Report of the Bombay Veterinary College
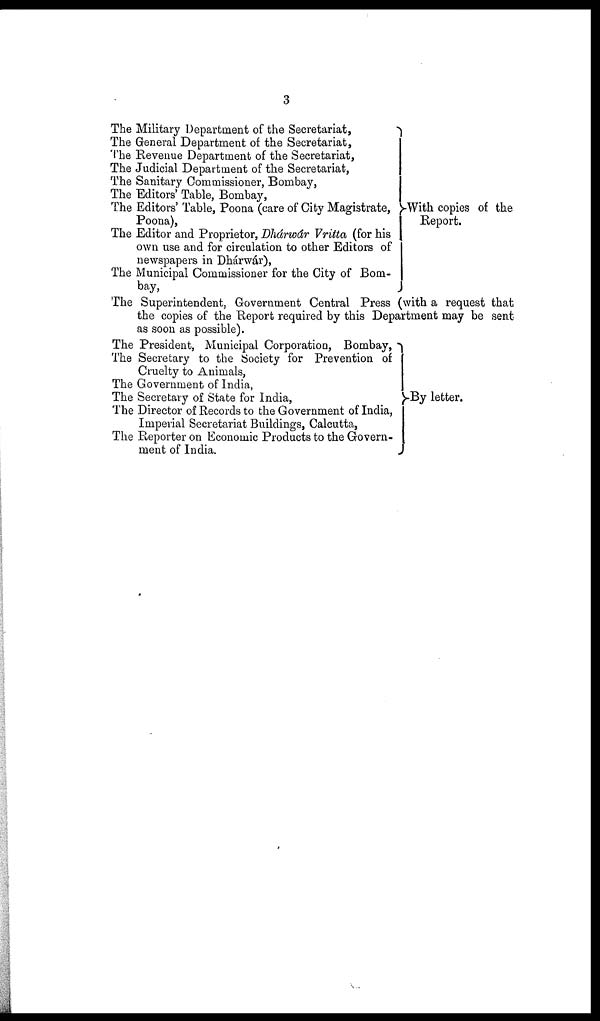
3
The Military Department of the Secretariat,
The General Department of the Secretariat,
The Revenue Department of the Secretariat,
The Judicial Department of the Secretariat,
The Sanitary Commissioner, Bombay,
The Editors' Table, Bombay,
The Editors' Table, Poona (care of City Magistrate,
}
Poona),
The Editor and Proprietor, Dhárwár Vritta (for his
own use and for circulation to other Editors of
newspapers in Dhárwár),
The Municipal Commissioner for the City of Bom-
bay,
With copies of the
Report.
The Superintendent, Government Central Press (with a request that
the copies of the Report required by this Department may be sent
as soon as possible).
The President, Municipal Corporation, Bombay,
The Secretary to the Society for Prevention of
Cruelty to Animals,
The Government of India,
The Secretary of State for India, }
The Director of Records to the Government of India,
Imperial Secretariat Buildings, Calcutta,
The Reporter on Economic Products to the Govern-
ment
of
India.
-
By letter.